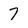
Character: 7